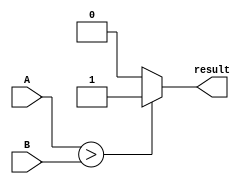
module signed_comparator (
    input signed [7:0] A,
    input signed [7:0] B,
    output reg result
);

always @(*) begin
    if (A > B) begin
        result = 1;
    end else if (A < B) begin
        result = 0;
    end else begin
        result = 0;
    end
end

endmodule